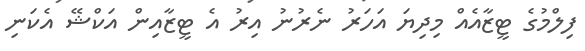
ފިލްމުގެ ޓީޒާއެއް މިދިޔަ އަހަރު ނެރުނު އިރު އެ ޓީޒާއިން އަކްޝޭ އެކަނި